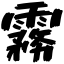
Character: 霧